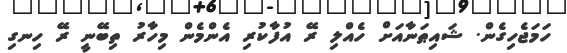
ހަމަޖެހިގެން. ޝައިޠަނާއަށް ހެއްލި ރޭ އުފާކުރި އެންމެން މިހާރު ތިބޭނީ ރޭ ހިނގި